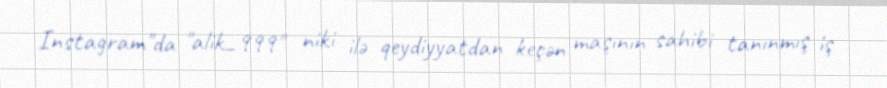
Instagram"da "alik_999" niki ilə qeydiyyatdan keçən maşının sahibi tanınmış iş